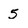
Character: 5